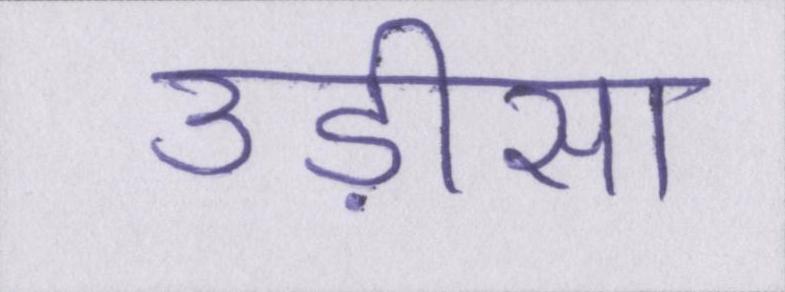
उड़ीसा